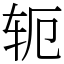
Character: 轭